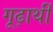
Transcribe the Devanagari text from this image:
गूढ़ार्थी